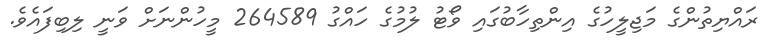
ރައްޔިތުންގެ މަޖިލީހުގެ އިންތިހާބުގައި ވޯޓު ލުމުގެ ހައްގު 264589 މީހުންނަށް ވަނީ ލިބިފައެވެ.